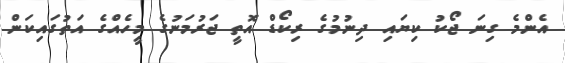
އެންމެ ގިނަ ޖޯކު ކިޔައި ދިނުމުގެ ރިކޯޑް އޮތީ ޖަރުމަނުގެ މީހެއްގެ އަތުގައިކަން